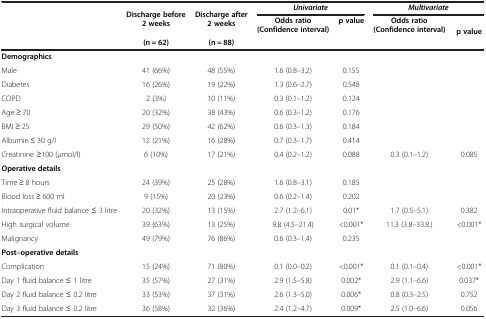
<table><thead><tr><td rowspan="3"><b> </b></td><td rowspan="2"><b>Discharge before 2 weeks</b></td><td rowspan="2"><b>Discharge after 2 weeks</b></td><td colspan="2"><b><i>Univariate</i></b></td><td colspan="2"><b><i>Multivariate</i></b></td></tr><tr><td><b>Odds ratio (Confidence interval)</b></td><td><b>p value</b></td><td><b>Odds ratio (Confidence interval)</b></td><td rowspan="2"><b>p value</b></td></tr><tr><td><b>(n = 62)</b></td><td><b>(n = 88)</b></td><td><b> </b></td><td><b> </b></td><td><b> </b></td></tr></thead><tbody><tr><td><b>Demographics</b></td><td> </td><td> </td><td> </td><td> </td><td> </td><td> </td></tr><tr><td>Male</td><td>41 (66%)</td><td>48 (55%)</td><td>1.6 (0.8–3.2)</td><td>0.155</td><td> </td><td> </td></tr><tr><td>Diabetes</td><td>16 (26%)</td><td>19 (22%)</td><td>1.3 (0.6–2.7)</td><td>0.548</td><td> </td><td> </td></tr><tr><td>COPD</td><td>2 (3%)</td><td>10 (11%)</td><td>0.3 (0.1–1.2)</td><td>0.124</td><td> </td><td> </td></tr><tr><td>Age ≥ 70</td><td>20 (32%)</td><td>38 (43%)</td><td>0.6 (0.3–1.2)</td><td>0.176</td><td> </td><td> </td></tr><tr><td>BMI ≥ 25</td><td>29 (50%)</td><td>42 (62%)</td><td>0.6 (0.3–1.3)</td><td>0.184</td><td> </td><td> </td></tr><tr><td>Albumin ≤ 30 g/l</td><td>12 (21%)</td><td>16 (28%)</td><td>0.7 (0.3–1.7)</td><td>0.414</td><td> </td><td> </td></tr><tr><td>Creatinine ≥100 (μmol/l)</td><td>6 (10%)</td><td>17 (21%)</td><td>0.4 (0.2–1.2)</td><td>0.088</td><td>0.3 (0.1–1.2)</td><td>0.085</td></tr><tr><td><b>Operative details</b></td><td> </td><td> </td><td> </td><td> </td><td> </td><td> </td></tr><tr><td>Time ≥ 8 hours</td><td>24 (39%)</td><td>25 (28%)</td><td>1.6 (0.8–3.1)</td><td>0.185</td><td> </td><td> </td></tr><tr><td>Blood loss ≥ 600 ml</td><td>9 (15%)</td><td>20 (23%)</td><td>0.6 (0.2–1.4)</td><td>0.202</td><td> </td><td> </td></tr><tr><td>Intraoperative fluid balance ≤ 3 litre</td><td>20 (32%)</td><td>13 (15%)</td><td>2.7 (1.2–6.1)</td><td>0.01*</td><td>1.7 (0.5–5.1)</td><td>0.382</td></tr><tr><td>High surgical volume</td><td>39 (63%)</td><td>13 (25%)</td><td>9.8 (4.5–21.4)</td><td>&lt;0.001*</td><td>11.3 (3.8–33.8.)</td><td>&lt;0.001*</td></tr><tr><td>Malignancy</td><td>49 (79%)</td><td>76 (86%)</td><td>0.6 (0.3–1.4)</td><td>0.235</td><td> </td><td> </td></tr><tr><td><b>Post–operative details</b></td><td> </td><td> </td><td> </td><td> </td><td> </td><td> </td></tr><tr><td>Complication</td><td>15 (24%)</td><td>71 (80%)</td><td>0.1 (0.0–0.2)</td><td>&lt;0.001*</td><td>0.1 (0.1–0.4)</td><td>&lt;0.001*</td></tr><tr><td>Day 1 fluid balance ≤ 1 litre</td><td>35 (57%)</td><td>27 (31%)</td><td>2.9 (1.5–5.8)</td><td>0.002*</td><td>2.9 (1.1–6.6)</td><td>0.037*</td></tr><tr><td>Day 2 fluid balance ≤ 0.2 litre</td><td>33 (53%)</td><td>37 (31%)</td><td>2.6 (1.3–5.0)</td><td>0.006*</td><td>0.8 (0.3–2.5)</td><td>0.752</td></tr><tr><td>Day 3 fluid balance ≤ 0.2 litre</td><td>36 (58%)</td><td>32 (36%)</td><td>2.4 (1.2–4.7)</td><td>0.009*</td><td>2.5 (1.0–6.6)</td><td>0.056</td></tr></tbody></table>